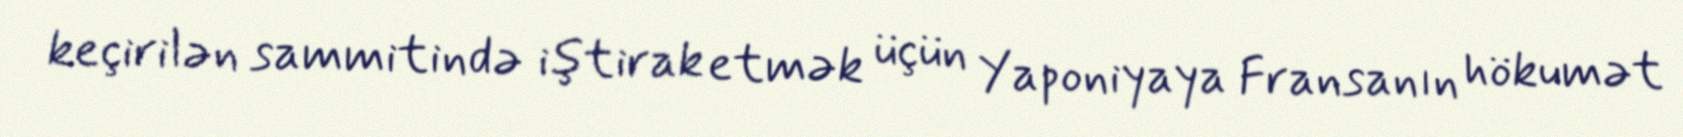
keçirilən sammitində iştirak etmək üçün Yaponiyaya Fransanın hökumət